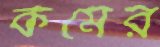
কমের